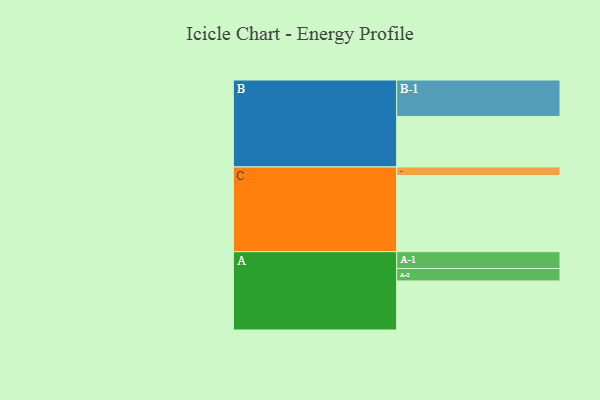
{"axis": {"x": "Segment", "y": "Value"}, "legend": ["", "A", "B", "C"], "data": [{"x": "A", "y": 370, "type": ""}, {"x": "B", "y": 381, "type": ""}, {"x": "C", "y": 574, "type": ""}, {"x": "A-1", "y": 127, "type": "A"}, {"x": "A-2", "y": 94, "type": "A"}, {"x": "B-1", "y": 275, "type": "B"}, {"x": "C-1", "y": 65, "type": "C"}]}